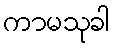
ကာမသုခါ